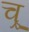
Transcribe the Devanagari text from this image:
च्र्